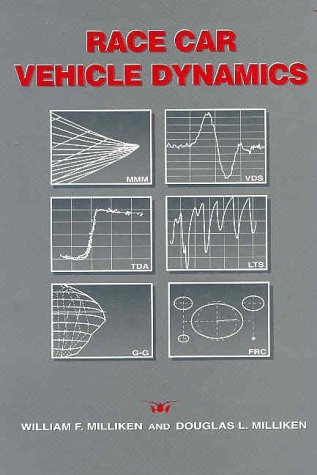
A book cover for Race Car Vehicle Dynamics (R146) (Premiere Series); William F. Milliken; Engineering & Transportation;